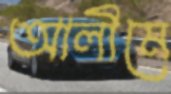
আলীমে